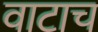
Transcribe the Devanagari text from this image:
वाटाच